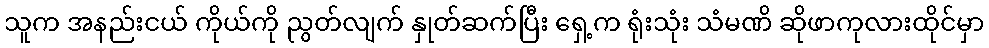
သူက အနည်းငယ် ကိုယ်ကို ညွတ်လျက် နှုတ်ဆက်ပြီး ရှေ့က ရုံးသုံး သံမဏိ ဆိုဖာကုလားထိုင်မှာ